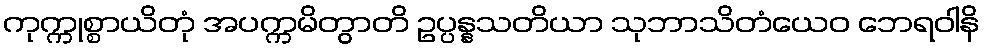
ကုက္ကုစ္စာယိတုံ အပက္ကမိတွာတိ ဥပ္ပန္နသတိယာ သုဘာသိတံယေဝ ဘေရဝါနိ